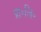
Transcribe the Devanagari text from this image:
प्रा॰लि॰